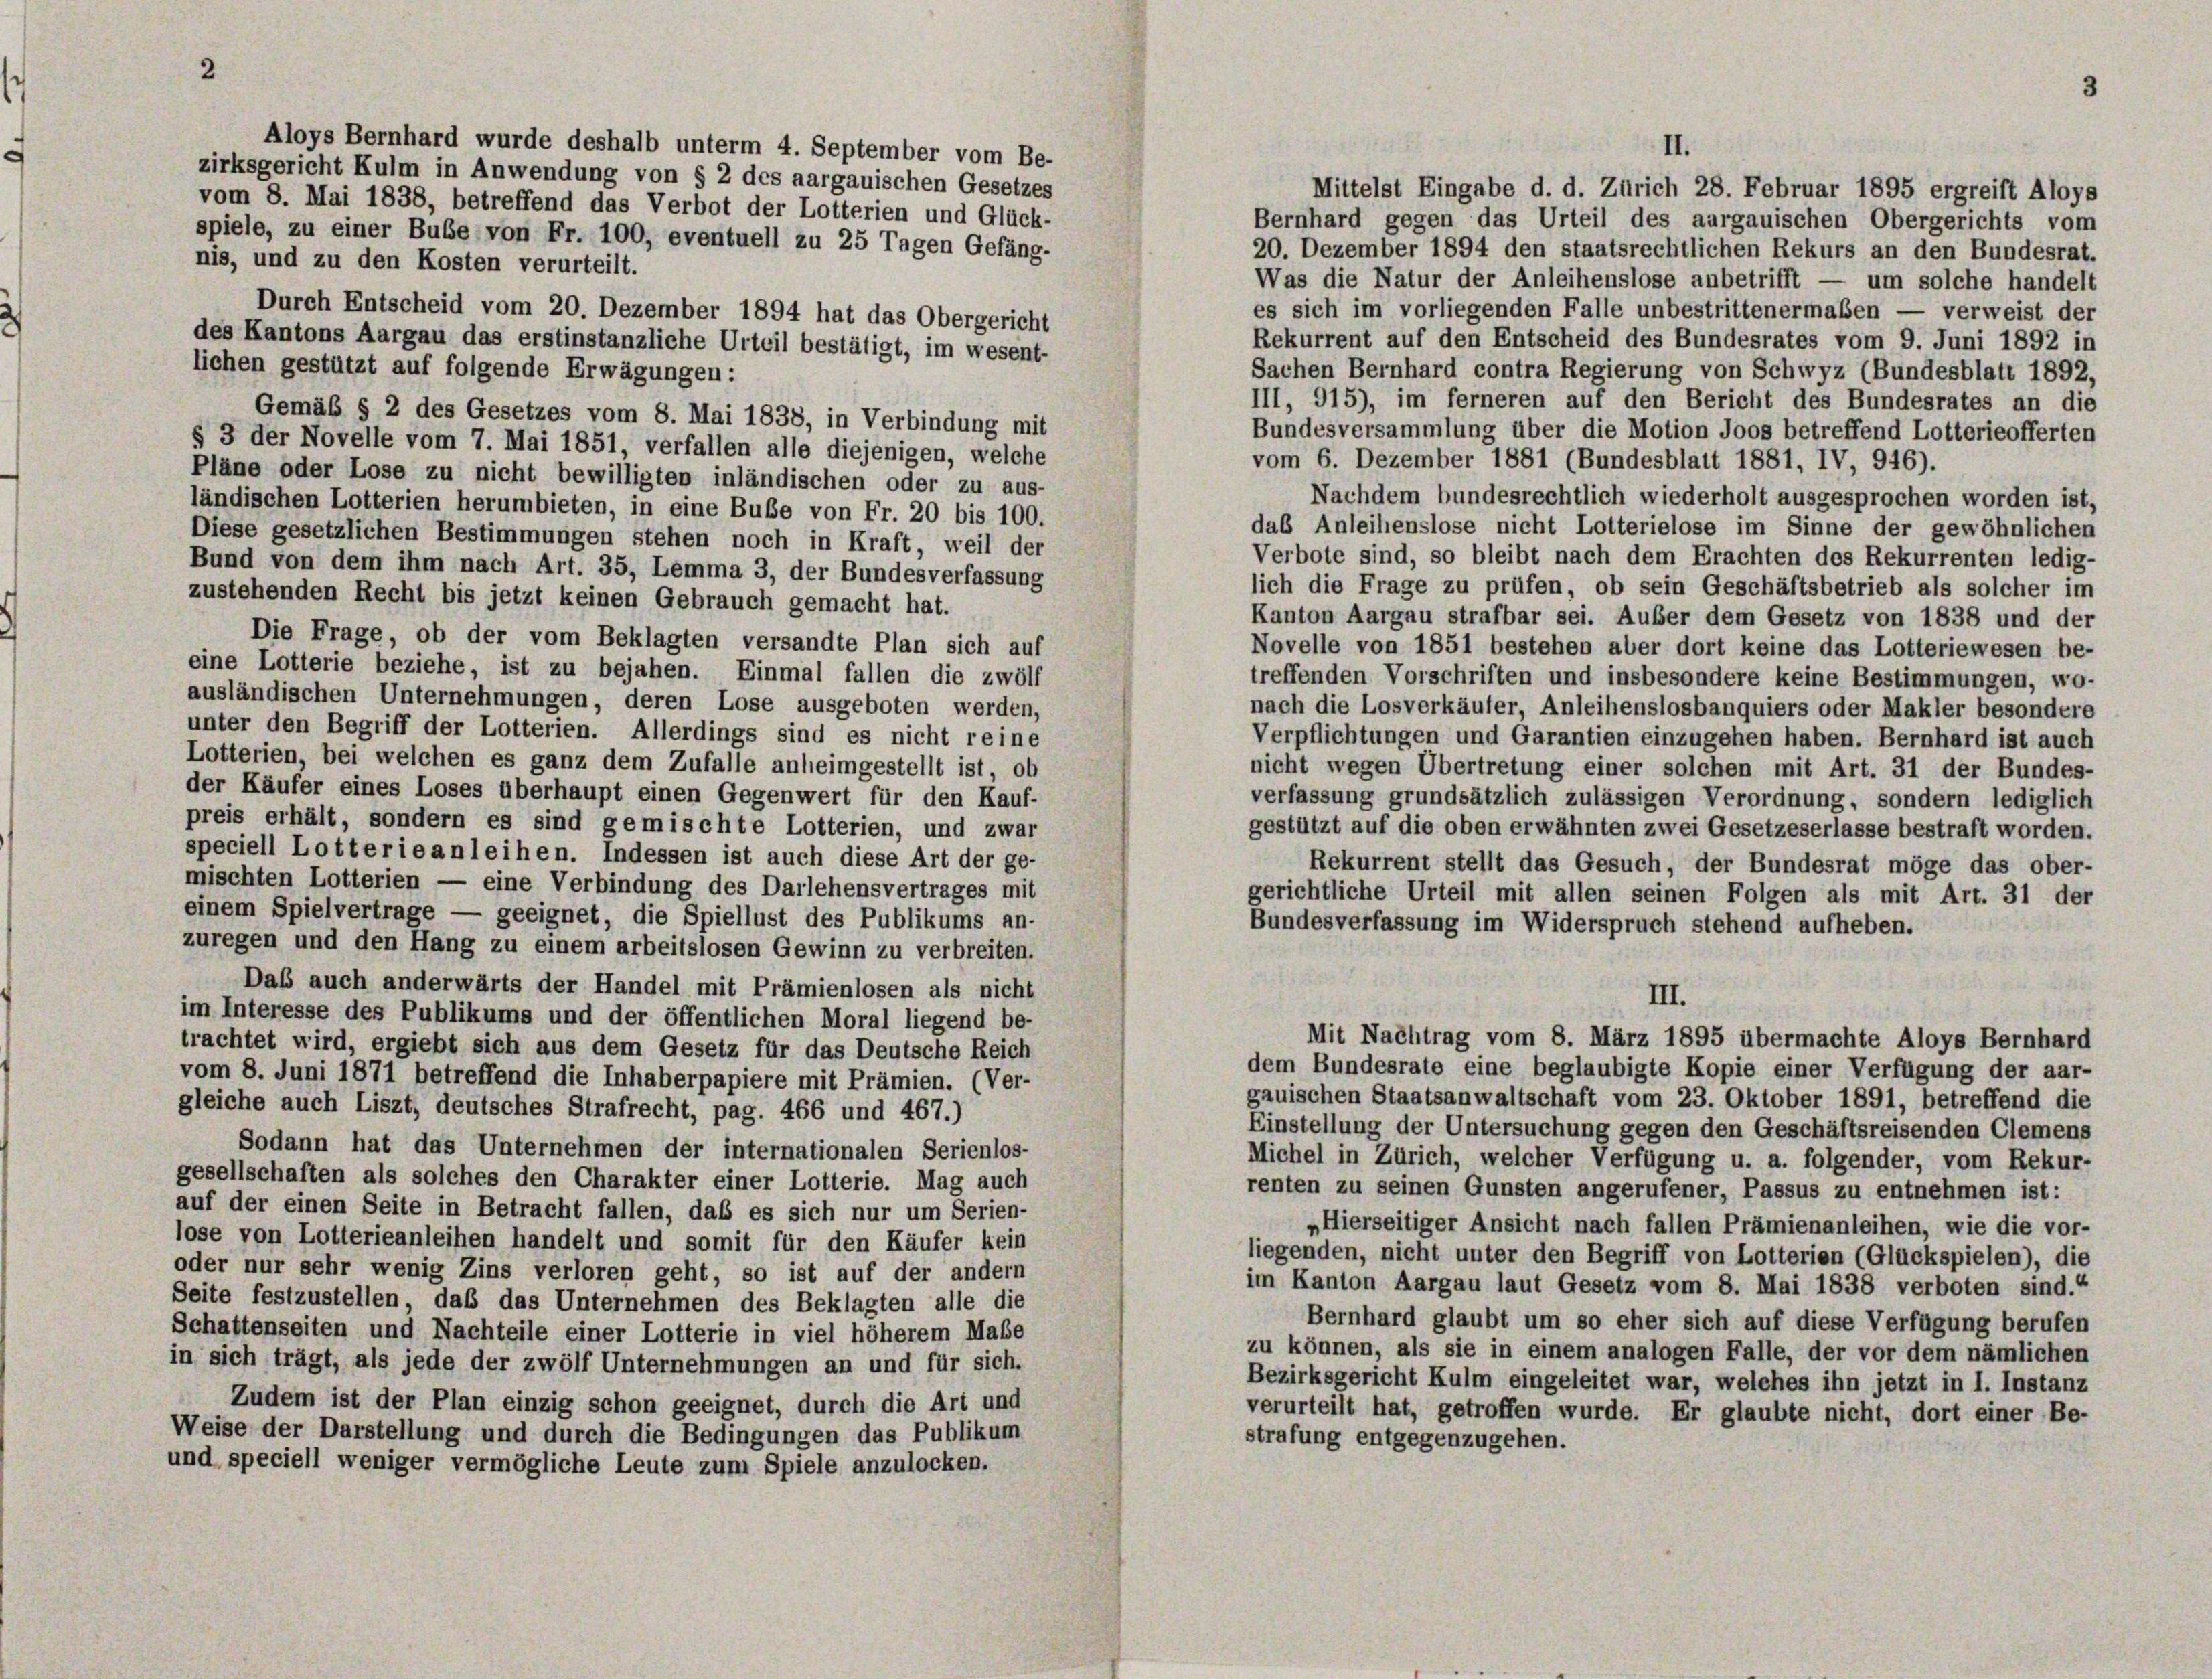
Aloys Bernhard wurde deshalb unterm 4. September vom Be-
zirksgericht Kulm in Anwendung von § 2 des aargauischen Gesetzes
Mittelst Eingabe d. d. Zürich 28. Februar 1895 ergreift Aloys
vom 8. Mai 1838, betreffend das Verbot der Lotterien und Glück-
Bernhard gegen das Urteil des aargauischen Obergerichts vom
spiele, zu einer Bube von Fr. 100, eventuell zu 25 Tagen Gefäng-
20. Dezember 1894 den staatsrechtlichen Rekurs an den Bundesrat.
nis, und zu den Kosten verurteilt.
Was die Natur der Anleihenslose anbetrifft — um solche handelt
es sich im vorliegenden Falle unbestrittenermaßen — verweist der
Durch Entscheid vom 20. Dezember 1894 hat das Obergericht
Rekurrent auf den Entscheid des Bundesrates vom 9. Juni 1892 in
des Kantons Aargau das erstinstanzliche Urteil bestätigt, im wesent-
lichen gestützt auf folgende Erwägungen:
Sachen Bernhard contra Regierung von Schwyz (Bundesblatt 1892,
III, 915), im ferneren auf den Bericht des Bundesrates an die
Gemäß § 2 des Gesetzes vom 8. Mai 1838, in Verbindung mit
Bundesversammlung über die Motion Joos betreffend Lotterieofferten
§ 3 der Novelle vom 7. Mai 1851, verfallen alle diejenigen, welche
vom 6. Dezember 1881 (Bundesblatt 1881, IV, 946).
Pläne oder Lose zu nicht bewilligten inländischen oder zu aus-
Nachdem bundesrechtlich wiederholt ausgesprochen worden ist,
ländischen Lotterien herumbieten, in eine Bube von Fr. 20 bis 100.
das Anleihenslose nicht Lotterielose im Sinne der gewöhnlichen
Diese gesetzlichen Bestimmungen stehen noch in Kraft, weil der
Verbote sind, so bleibt nach dem Erachten des Rekurrenten ledig
Bund von dem ihm nach Art. 35, Lemma 3, der Bundesverfassung
lich die Frage zu prüfen, ob sein Geschäftsbetrieb als solcher im
zustehenden Recht bis jetzt keinen Gebrauch gemacht hat.
Kanton Aargau strafbar sei. Außer dem Gesetz von 1838 und der
Die Frage, ob der vom Beklagten versandte Plan sich auf
Novelle von 1851 bestehen aber dort keine das Lotteriewesen be-
eine Lotterie beziehe, ist zu bejahen. Einmal fallen die zwölf
treffenden Vorschriften und insbesondere keine Bestimmungen, wo-
ausländischen Unternehmungen, deren Lose ausgeboten werden,
nach die Losverkäufer, Anleihenslosbanquiers oder Makler besondere
unter den Begriff der Lotterien. Allerdings sind es nicht reine
Verpflichtungen und Garantien einzugehen haben. Bernhard ist auch
Lotterien, bei welchen es ganz dem Zufalle anheimgestellt ist, ob
nicht wegen Übertretung einer solchen mit Art. 31 der Bundes-
der Käufer eines Loses überhaupt einen Gegenwert für den Kauf-
verfassung grundsätzlich zulässigen Verordnung, sondern lediglich
preis erhält, sondern es sind gemischte Lotterien, und zwar
gestützt auf die oben erwähnten zwei Gesetzeserlasse bestraft worden.
speciell Lotterie anleihen. Indessen ist auch diese Art der ge-
Rekurrent stellt das Gesuch, der Bundesrat möge das ober-
mischten Lotterien — eine Verbindung des Darlehensvertrages mit
gerichtliche Urteil mit allen seinen Folgen als mit Art. 31 der
einem Spielvertrage — geeignet, die Spiellust des Publikums an-
Bundesverfassung im Widerspruch stehend aufheben.
zuregen und den Hang zu einem arbeitslosen Gewinn zu verbreiten.
Daß auch anderwärts der Handel mit Prämienlosen als nicht
III.
im Interesse des Publikums und der öffentlichen Moral liegend be-
Mit Nachtrag vom 8. März 1895 übermachte Aloys Bernhard
trachtet wird, ergiebt sich aus dem Gesetz für das Deutsche Reich
dem Bundesrate eine beglaubigte Kopie einer Verfügung der aar-
vom 8. Juni 1871 betreffend die Inhaberpapiere mit Prämien. (Ver-
gauischen Staatsanwaltschaft vom 23. Oktober 1891, betreffend die
gleiche auch Liszt, deutsches Strafrecht, pag. 466 und 467.)
Einstellung der Untersuchung gegen den Geschäftsreisenden Clemens
Sodann hat das Unternehmen der internationalen Serienlos-
Michel in Zürich, welcher Verfügung u. a. folgender, vom Rekur-
gesellschaften als solches den Charakter einer Lotterie. Mag auch
renten zu seinen Gunsten angerufener, Passus zu entnehmen ist:
auf der einen Seite in Betracht fallen, daß es sich nur um Serien-
„Hierseitiger Ansicht nach fallen Prämienanleihen, wie die vor-
lose von Lotterieanleihen handelt und somit für den Käufer kein
liegenden, nicht unter den Begriff von Lotterien (Glückspielen), die
oder nur sehr wenig Zins verloren geht, so ist auf der andern
im Kanton Aargau laut Gesetz vom 8. Mai 1838 verboten sind.“
Seite festzustellen, daß das Unternehmen des Beklagten alle die
Bernhard glaubt um so eher sich auf diese Verfügung berufen
Schattenseiten und Nachteile einer Lotterie in viel höherem Maße
zu können, als sie in einem analogen Falle, der vor dem nämlichen
in sich trägt, als jede der zwölf Unternehmungen an und für sich.
Bezirksgericht Kulm eingeleitet war, welches ihn jetzt in I. Instanz
Zudem ist der Plan einzig schon geeignet, durch die Art und
verurteilt hat, getroffen wurde. Er glaubte nicht, dort einer Be-
Weise der Darstellung und durch die Bedingungen das Publikum
strafung entgegenzugehen.
und speciell weniger vermögliche Leute zum Spiele anzulocken.

II.